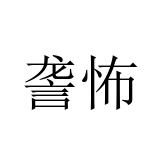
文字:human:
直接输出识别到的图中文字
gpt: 詟怖